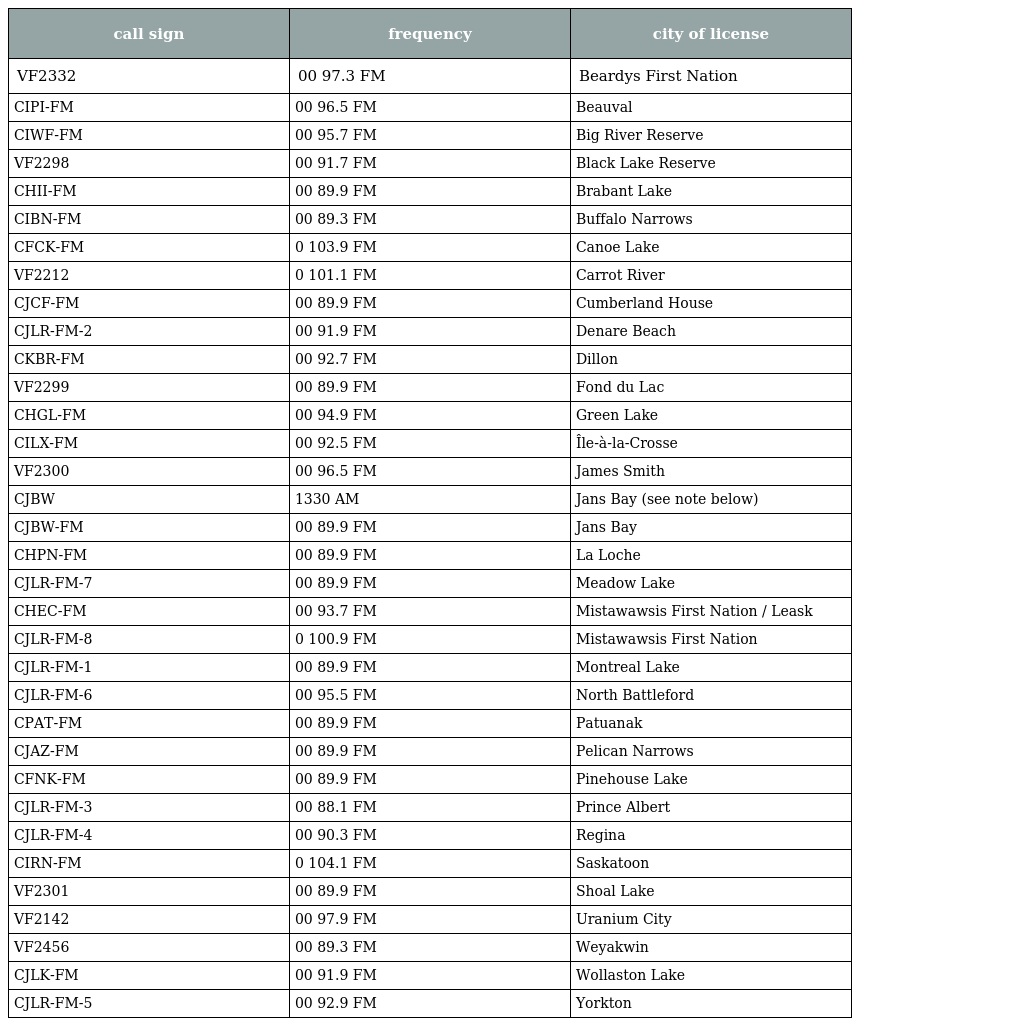
| call sign | frequency | city of license |
 | --- | --- | --- |
 | VF2332 | 00 97.3 FM | Beardys First Nation |
 | CIPI-FM | 00 96.5 FM | Beauval |
 | CIWF-FM | 00 95.7 FM | Big River Reserve |
 | VF2298 | 00 91.7 FM | Black Lake Reserve |
 | CHII-FM | 00 89.9 FM | Brabant Lake |
 | CIBN-FM | 00 89.3 FM | Buffalo Narrows |
 | CFCK-FM | 0 103.9 FM | Canoe Lake |
 | VF2212 | 0 101.1 FM | Carrot River |
 | CJCF-FM | 00 89.9 FM | Cumberland House |
 | CJLR-FM-2 | 00 91.9 FM | Denare Beach |
 | CKBR-FM | 00 92.7 FM | Dillon |
 | VF2299 | 00 89.9 FM | Fond du Lac |
 | CHGL-FM | 00 94.9 FM | Green Lake |
 | CILX-FM | 00 92.5 FM | Île-à-la-Crosse |
 | VF2300 | 00 96.5 FM | James Smith |
 | CJBW | 1330 AM | Jans Bay (see note below) |
 | CJBW-FM | 00 89.9 FM | Jans Bay |
 | CHPN-FM | 00 89.9 FM | La Loche |
 | CJLR-FM-7 | 00 89.9 FM | Meadow Lake |
 | CHEC-FM | 00 93.7 FM | Mistawawsis First Nation / Leask |
 | CJLR-FM-8 | 0 100.9 FM | Mistawawsis First Nation |
 | CJLR-FM-1 | 00 89.9 FM | Montreal Lake |
 | CJLR-FM-6 | 00 95.5 FM | North Battleford |
 | CPAT-FM | 00 89.9 FM | Patuanak |
 | CJAZ-FM | 00 89.9 FM | Pelican Narrows |
 | CFNK-FM | 00 89.9 FM | Pinehouse Lake |
 | CJLR-FM-3 | 00 88.1 FM | Prince Albert |
 | CJLR-FM-4 | 00 90.3 FM | Regina |
 | CIRN-FM | 0 104.1 FM | Saskatoon |
 | VF2301 | 00 89.9 FM | Shoal Lake |
 | VF2142 | 00 97.9 FM | Uranium City |
 | VF2456 | 00 89.3 FM | Weyakwin |
 | CJLK-FM | 00 91.9 FM | Wollaston Lake |
 | CJLR-FM-5 | 00 92.9 FM | Yorkton |